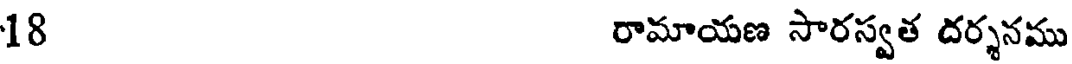
18 రామాయణ సారస్వత దర్శనము